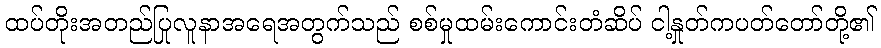
ထပ်တိုးအတည်ပြုလူနာအရေအတွက်သည် စစ်မှုထမ်းကောင်းတံဆိပ် ငါ့နှုတ်ကပတ်တော်တို့၏